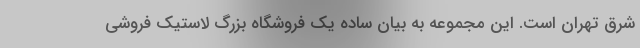
شرق تهران است. این مجموعه به بیان ساده یک فروشگاه بزرگ لاستیک فروشی